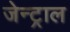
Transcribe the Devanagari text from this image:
जेन्ट्राल